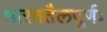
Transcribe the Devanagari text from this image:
भारततैलपूर्णः